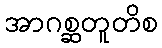
အာဂစ္ဆတူတိစ